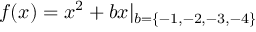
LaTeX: f ( x ) = x ^ { 2 } + b x | _ { b = \{ - 1 , - 2 , - 3 , - 4 \} }